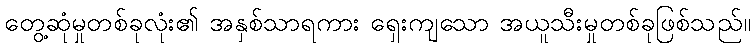
တွေ့ဆုံမှုတစ်ခုလုံး၏ အနှစ်သာရကား ရှေးကျသော အယူသီးမှုတစ်ခုဖြစ်သည်။